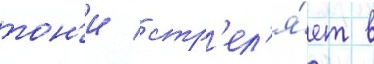
тон'и / стр'ел'я́ет в